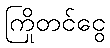
ကြိုတင်ငွေ